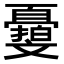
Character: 𣁨